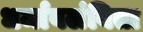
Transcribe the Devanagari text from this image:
धर्मावलंबिता